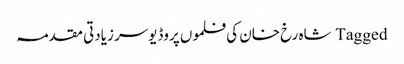
Tagged شاہ رخ خان کی فلموں پروڈیوسر زیادتی مقدمہ